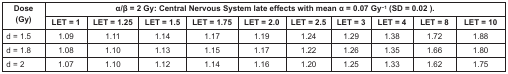
<table><thead><tr><td rowspan="2"><b>Dose(Gy)</b></td><td colspan="10"><b>α/β = 2 Gy: Central Nervous System late effects with mean α = 0.07 Gy<sup>−1</sup> (SD = 0.02 ).</b></td></tr><tr><td><b>LET = 1</b></td><td><b>LET = 1.25</b></td><td><b>LET = 1.5</b></td><td><b>LET = 1.75</b></td><td><b>LET = 2.0</b></td><td><b>LET = 2.5</b></td><td><b>LET = 3</b></td><td><b>LET = 4</b></td><td><b>LET = 8</b></td><td><b>LET = 10</b></td></tr></thead><tbody><tr><td>d = 1.5</td><td>1.09</td><td>1.11</td><td>1.14</td><td>1.17</td><td>1.19</td><td>1.24</td><td>1.29</td><td>1.38</td><td>1.72</td><td>1.88</td></tr><tr><td>d = 1.8</td><td>1.08</td><td>1.10</td><td>1.13</td><td>1.15</td><td>1.17</td><td>1.22</td><td>1.26</td><td>1.35</td><td>1.66</td><td>1.80</td></tr><tr><td>d = 2</td><td>1.07</td><td>1.10</td><td>1.12</td><td>1.14</td><td>1.16</td><td>1.20</td><td>1.25</td><td>1.33</td><td>1.62</td><td>1.75</td></tr></tbody></table>